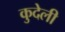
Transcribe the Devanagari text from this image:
कुदेली